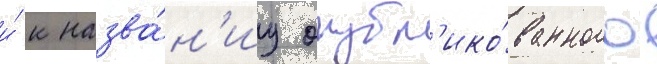
и́ к назва́н'иу опубл'ико́ванного